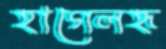
হাগেলহৃ